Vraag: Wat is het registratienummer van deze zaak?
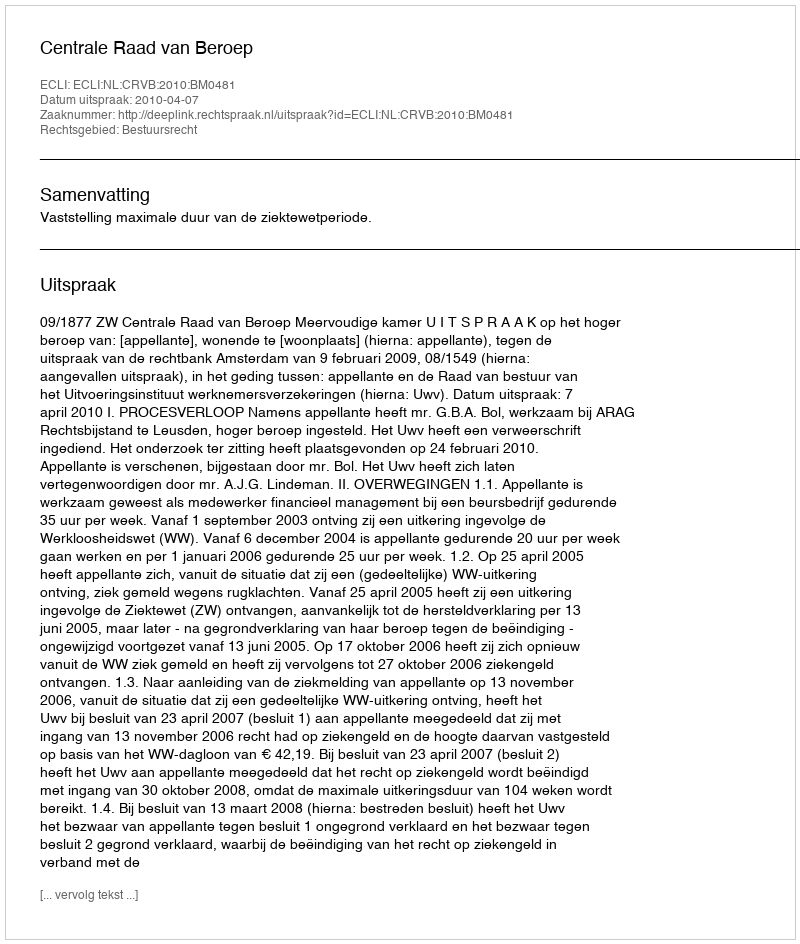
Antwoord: http://deeplink.rechtspraak.nl/uitspraak?id=ECLI:NL:CRVB:2010:BM0481